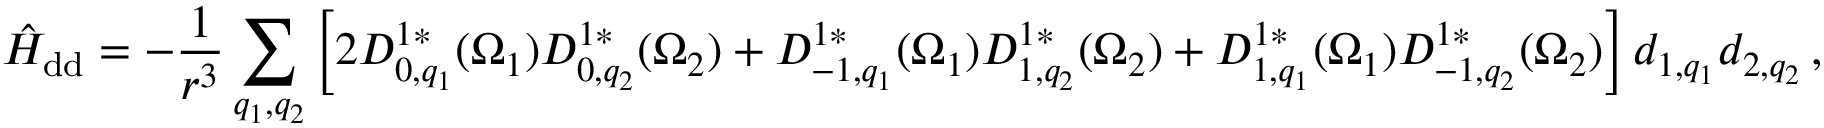
\hat { H } _ { \mathrm { d d } } = - \frac { 1 } { r ^ { 3 } } \sum _ { q _ { 1 } , q _ { 2 } } \left[ 2 D _ { 0 , q _ { 1 } } ^ { 1 * } ( \Omega _ { 1 } ) D _ { 0 , q _ { 2 } } ^ { 1 * } ( \Omega _ { 2 } ) + D _ { - 1 , q _ { 1 } } ^ { 1 * } ( \Omega _ { 1 } ) D _ { 1 , q _ { 2 } } ^ { 1 * } ( \Omega _ { 2 } ) + D _ { 1 , q _ { 1 } } ^ { 1 * } ( \Omega _ { 1 } ) D _ { - 1 , q _ { 2 } } ^ { 1 * } ( \Omega _ { 2 } ) \right] d _ { 1 , q _ { 1 } } d _ { 2 , q _ { 2 } } \, ,